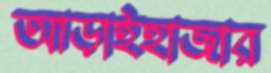
আড়াইহাজার